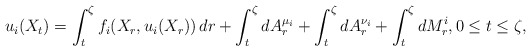
\begin{align*}u_i(X_{t})=\int_{t}^{\zeta}f_{i}(X_r,u_i(X_r))\,dr+\int_{t}^{\zeta}dA_{r}^{\mu_i}+\int_{t}^{\zeta}dA_{r}^{\nu_i} +\int_{t}^{\zeta}dM^i_{r},0\le t\le\zeta,\end{align*}